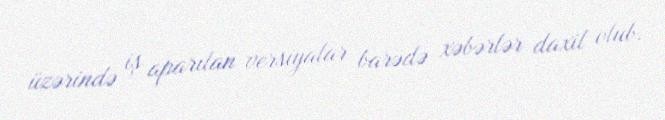
üzərində iş aparılan versiyalar barədə xəbərlər daxil olub.